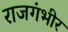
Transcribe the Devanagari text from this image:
राजगंभीर